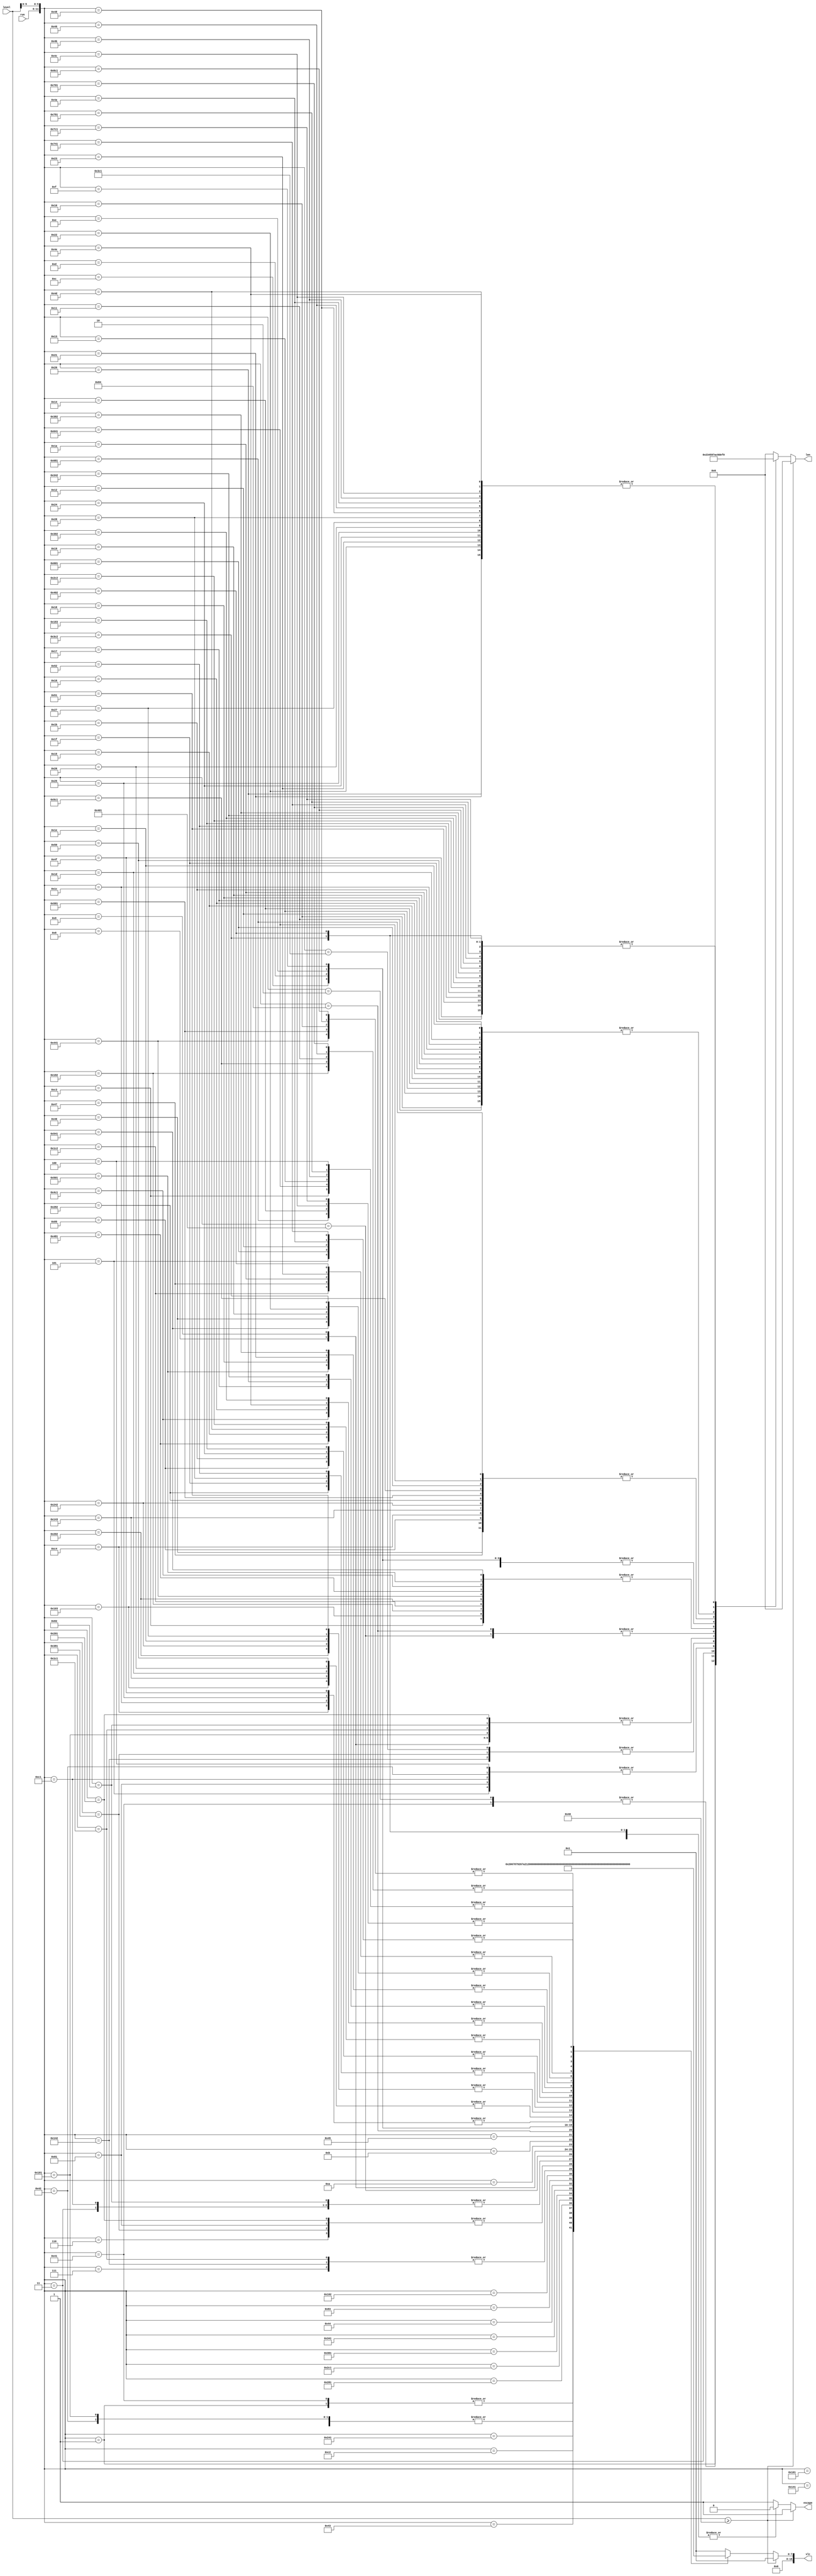
module dcthash(
	input [5:0] run,
	input [15:0] level,
	output reg [15:0] vlc,
	output reg [3:0]  len,
	output reg escape
);
//  Variable length codes: Table B.15 in the MPEG-2 standard

	always @(*) begin
		if (level >= 16'd64) begin
			vlc = 16'b000001;
			len = 4'd6;
			escape = 1'b1;
		end else begin
			escape = 1'b0;
			case ({run, level[5:0]})
				{6'd0,6'd1}: begin
					vlc = 16'b10;
					len = 4'd2;
				end
				{6'd1,6'd1}: begin
					vlc = 16'b010;
					len = 4'd3;
				end
				{6'd0,6'd2}: begin
					vlc = 16'b110;
					len = 4'd3;
				end
				{6'd2,6'd1}: begin
					vlc = 16'b00101;
					len = 4'd5;
				end
				{6'd0,6'd3}: begin
					vlc = 16'b0111;
					len = 4'd4;
				end
				{6'd3,6'd1}: begin
					vlc = 16'b0011_1;
					len = 4'd5;
				end
				{6'd4,6'd1}: begin
					vlc = 16'b0001_10;
					len = 4'd6;
				end
				{6'd1,6'd2}: begin
					vlc = 16'b0011_0;
					len = 4'd5;
				end
				{6'd5,6'd1}: begin
					vlc = 16'b0001_11;
					len = 4'd6;
				end
				{6'd6,6'd1}: begin
					vlc = 16'b0000_110;
					len = 4'd7;
				end
				{6'd7,6'd1}: begin
					vlc = 16'b0000_100;
					len = 4'd7;
				end
				{6'd0,6'd4}: begin
					vlc = 16'b1110_0;
					len = 4'd5;
				end
				{6'd2,6'd2}: begin
					vlc = 16'b0000_111;
					len = 4'd7;
				end
				{6'd8,6'd1}: begin
					vlc = 16'b0000_101;
					len = 4'd7;
				end
				{6'd9,6'd1}: begin
					vlc = 16'b1111_000;
					len = 4'd7;
				end
				{6'd0,6'd5}: begin
					vlc = 16'b1110_1;
					len = 4'd5;
				end
				{6'd0,6'd6}: begin
					vlc = 16'b0001_01;
					len = 4'd6;
				end
				{6'd1,6'd3}: begin
					vlc = 16'b1111_001;
					len = 4'd7;
				end
				{6'd3,6'd2}: begin
					vlc = 16'b0010_0110;
					len = 4'd8;
				end
				{6'd10,6'd1}: begin
					vlc = 16'b1111_010;
					len = 4'd7;
				end
				{6'd11,6'd1}: begin
					vlc = 16'b0010_0001;
					len = 4'd8;
				end
				{6'd12,6'd1}: begin
					vlc = 16'b0010_0101;
					len = 4'd8;
				end
				{6'd13,6'd1}: begin
					vlc = 16'b0010_0100;
					len = 4'd8;
				end
				{6'd0,6'd7}: begin
					vlc = 16'b0001_00;
					len = 4'd6;
				end
				{6'd1,6'd4}: begin
					vlc = 16'b0010_0111;
					len = 4'd8;
				end
				{6'd2,6'd3}: begin
					vlc = 16'b1111_1100;
					len = 4'd8;
				end
				{6'd4,6'd2}: begin
					vlc = 16'b1111_1101;
					len = 4'd8;
				end
				{6'd5,6'd2}: begin
					vlc = 16'b0000_0010_0;
					len = 4'd9;
				end
				{6'd14,6'd1}: begin
					vlc = 16'b0000_0010_1;
					len = 4'd9;
				end
				{6'd15,6'd1}: begin
					vlc = 16'b0000_0011_1;
					len = 4'd9;
				end
				{6'd16,6'd1}: begin
					vlc = 16'b0000_0011_01;
					len = 4'd10;
				end
				{6'd0,6'd8}: begin
					vlc = 16'b1111_011;
					len = 4'd7;
				end
				{6'd0,6'd9}: begin
					vlc = 16'b1111_100;
					len = 4'd7;
				end
				{6'd0,6'd10}: begin
					vlc = 16'b0010_0011;
					len = 4'd8;
				end
				{6'd0,6'd11}: begin
					vlc = 16'b0010_0010;
					len = 4'd8;
				end
				{6'd1,6'd5}: begin
					vlc = 16'b0010_0000;
					len = 4'd8;
				end
				{6'd2,6'd4}: begin
					vlc = 16'b0000_0011_00;
					len = 4'd10;
				end
				{6'd3,6'd3}: begin
					vlc = 16'b0000_0001_1100;
					len = 4'd12;
				end
				{6'd4,6'd3}: begin
					vlc = 16'b0000_0001_0010;
					len = 4'd12;
				end
				{6'd6,6'd2}: begin
					vlc = 16'b0000_0001_1110;
					len = 4'd12;
				end
				{6'd7,6'd2}: begin
					vlc = 16'b0000_0001_0101;
					len = 4'd12;
				end
				{6'd8,6'd2}: begin
					vlc = 16'b0000_0001_0001;
					len = 4'd12;
				end
				{6'd17,6'd1}: begin
					vlc = 16'b0000_0001_1111;
					len = 4'd12;
				end
				{6'd18,6'd1}: begin
					vlc = 16'b0000_0001_1010;
					len = 4'd12;
				end
				{6'd19,6'd1}: begin
					vlc = 16'b0000_0001_1001;
					len = 4'd12;
				end
				{6'd20,6'd1}: begin
					vlc = 16'b0000_0001_0111;
					len = 4'd12;
				end
				{6'd21,6'd1}: begin
					vlc = 16'b0000_0001_0110;
					len = 4'd12;
				end
				{6'd0,6'd12}: begin
					vlc = 16'b1111_1010;
					len = 4'd8;
				end
				{6'd0,6'd13}: begin
					vlc = 16'b1111_1011;
					len = 4'd8;
				end
				{6'd0,6'd14}: begin
					vlc = 16'b1111_1110;
					len = 4'd8;
				end
				{6'd0,6'd15}: begin
					vlc = 16'b1111_1111;
					len = 4'd8;
				end
				{6'd1,6'd6}: begin
					vlc = 16'b0000_0000_1011_0;
					len = 4'd13;
				end
				{6'd1,6'd7}: begin
					vlc = 16'b0000_0000_1010_1;
					len = 4'd13;
				end
				{6'd2,6'd5}: begin
					vlc = 16'b0000_0000_1010_0;
					len = 4'd13;
				end
				{6'd3,6'd4}: begin
					vlc = 16'b0000_0000_1001_1;
					len = 4'd13;
				end
				{6'd5,6'd3}: begin
					vlc = 16'b0000_0000_1001_0;
					len = 4'd13;
				end
				{6'd9,6'd2}: begin
					vlc = 16'b0000_0000_1000_1;
					len = 4'd13;
				end
				{6'd10,6'd2}: begin
					vlc = 16'b0000_0000_1000_0;
					len = 4'd13;
				end
				{6'd22,6'd1}: begin
					vlc = 16'b0000_0000_1111_1;
					len = 4'd13;
				end
				{6'd23,6'd1}: begin
					vlc = 16'b0000_0000_1111_0;
					len = 4'd13;
				end
				{6'd24,6'd1}: begin
					vlc = 16'b0000_0000_1110_1;
					len = 4'd13;
				end
				{6'd25,6'd1}: begin
					vlc = 16'b0000_0000_1110_0;
					len = 4'd13;
				end
				{6'd26,6'd1}: begin
					vlc = 16'b0000_0000_1101_1;
					len = 4'd13;
				end
				{6'd0,6'd16}: begin
					vlc = 16'b0000_0000_0111_11;
					len = 4'd14;
				end
				{6'd0,6'd17}: begin
					vlc = 16'b0000_0000_0111_10;
					len = 4'd14;
				end
				{6'd0,6'd18}: begin
					vlc = 16'b0000_0000_0111_01;
					len = 4'd14;
				end
				{6'd0,6'd19}: begin
					vlc = 16'b0000_0000_0111_00;
					len = 4'd14;
				end
				{6'd0,6'd20}: begin
					vlc = 16'b0000_0000_0110_11;
					len = 4'd14;
				end
				{6'd0,6'd21}: begin
					vlc = 16'b0000_0000_0110_10;
					len = 4'd14;
				end
				{6'd0,6'd22}: begin
					vlc = 16'b0000_0000_0110_01;
					len = 4'd14;
				end
				{6'd0,6'd23}: begin
					vlc = 16'b0000_0000_0110_00;
					len = 4'd14;
				end
				{6'd0,6'd24}: begin
					vlc = 16'b0000_0000_0101_11;
					len = 4'd14;
				end
				{6'd0,6'd25}: begin
					vlc = 16'b0000_0000_0101_10;
					len = 4'd14;
				end
				{6'd0,6'd26}: begin
					vlc = 16'b0000_0000_0101_01;
					len = 4'd14;
				end
				{6'd0,6'd27}: begin
					vlc = 16'b0000_0000_0101_00;
					len = 4'd14;
				end
				{6'd0,6'd28}: begin
					vlc = 16'b0000_0000_0100_11;
					len = 4'd14;
				end
				{6'd0,6'd29}: begin
					vlc = 16'b0000_0000_0100_10;
					len = 4'd14;
				end
				{6'd0,6'd30}: begin
					vlc = 16'b0000_0000_0100_01;
					len = 4'd14;
				end
				{6'd0,6'd31}: begin
					vlc = 16'b0000_0000_0100_00;
					len = 4'd14;
				end
				{6'd0,6'd32}: begin
					vlc = 16'b0000_0000_0011_000;
					len = 4'd15;
				end
				{6'd0,6'd33}: begin
					vlc = 16'b0000_0000_0010_111;
					len = 4'd15;
				end
				{6'd0,6'd34}: begin
					vlc = 16'b0000_0000_0010_110;
					len = 4'd15;
				end
				{6'd0,6'd35}: begin
					vlc = 16'b0000_0000_0010_101;
					len = 4'd15;
				end
				{6'd0,6'd36}: begin
					vlc = 16'b0000_0000_0010_100;
					len = 4'd15;
				end
				{6'd0,6'd37}: begin
					vlc = 16'b0000_0000_0010_011;
					len = 4'd15;
				end
				{6'd0,6'd38}: begin
					vlc = 16'b0000_0000_0010_010;
					len = 4'd15;
				end
				{6'd0,6'd39}: begin
					vlc = 16'b0000_0000_0010_001;
					len = 4'd15;
				end
				{6'd0,6'd40}: begin
					vlc = 16'b0000_0000_0010_000;
					len = 4'd15;
				end
				{6'd1,6'd8}: begin
					vlc = 16'b0000_0000_0011_111;
					len = 4'd15;
				end
				{6'd1,6'd9}: begin
					vlc = 16'b0000_0000_0011_110;
					len = 4'd15;
				end
				{6'd1,6'd10}: begin
					vlc = 16'b0000_0000_0011_101;
					len = 4'd15;
				end
				{6'd1,6'd11}: begin
					vlc = 16'b0000_0000_0011_100;
					len = 4'd15;
				end
				{6'd1,6'd12}: begin
					vlc = 16'b0000_0000_0011_011;
					len = 4'd15;
				end
				{6'd1,6'd13}: begin
					vlc = 16'b0000_0000_0011_010;
					len = 4'd15;
				end
				{6'd1,6'd14}: begin
					vlc = 16'b0000_0000_0011_001;
					len = 4'd15;
				end
				{6'd1,6'd15}: begin
					vlc = 16'b0000_0000_0001_0011;
					len = 4'd0;
				end
				{6'd1,6'd16}: begin
					vlc = 16'b0000_0000_0001_0010;
					len = 4'd0;
				end
				{6'd1,6'd17}: begin
					vlc = 16'b0000_0000_0001_0001;
					len = 4'd0;
				end
				{6'd1,6'd18}: begin
					vlc = 16'b0000_0000_0001_0000;
					len = 4'd0;
				end
				{6'd6,6'd3}: begin
					vlc = 16'b0000_0000_0001_0100;
					len = 4'd0;
				end
				{6'd11,6'd2}: begin
					vlc = 16'b0000_0000_0001_1010;
					len = 4'd0;
				end
				{6'd12,6'd2}: begin
					vlc = 16'b0000_0000_0001_1001;
					len = 4'd0;
				end
				{6'd13,6'd2}: begin
					vlc = 16'b0000_0000_0001_1000;
					len = 4'd0;
				end
				{6'd14,6'd2}: begin
					vlc = 16'b0000_0000_0001_0111;
					len = 4'd0;
				end
				{6'd15,6'd2}: begin
					vlc = 16'b0000_0000_0001_0110;
					len = 4'd0;
				end
				{6'd16,6'd2}: begin
					vlc = 16'b0000_0000_0001_0101;
					len = 4'd0;
				end
				{6'd27,6'd1}: begin
					vlc = 16'b0000_0000_0001_1111;
					len = 4'd0;
				end
				{6'd28,6'd1}: begin
					vlc = 16'b0000_0000_0001_1110;
					len = 4'd0;
				end
				{6'd29,6'd1}: begin
					vlc = 16'b0000_0000_0001_1101;
					len = 4'd0;
				end
				{6'd30,6'd1}: begin
					vlc = 16'b0000_0000_0001_1100;
					len = 4'd0;
				end
				{6'd31,6'd1}: begin
					vlc = 16'b0000_0000_0001_1011;
					len = 4'd0;
				end
				default: begin
					vlc = 16'b000001;
					len = 4'd6;
					escape = 1'b1;
				end
			endcase
		end
	end

endmodule